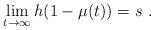
LaTeX: \begin{align*}\lim_{t\to\infty} h(1-\mu(t)) = s\ . \end{align*}